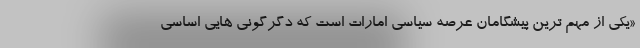
«یکی از مهم ترین پیشگامان عرصه سیاسی امارات است که دگرگونی هایی اساسی